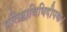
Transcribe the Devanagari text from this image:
प्रतिष्ठाविधिदीपक।